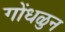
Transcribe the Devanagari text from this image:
गोंधळुन